Report on horse surra - Volume II, Part II
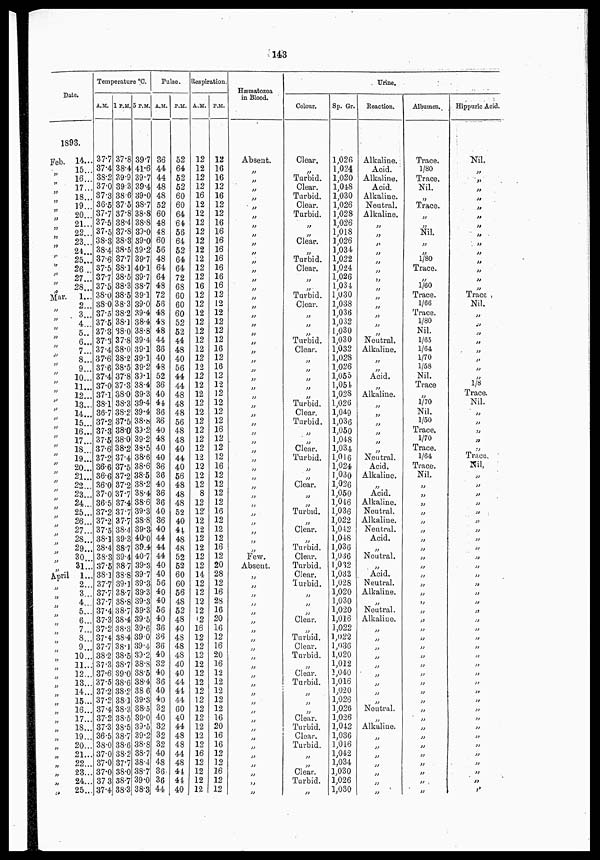
143
Date.
1893.
Feb.
„
„
„
„
„
„
„
„
„
„
„
„
„
„
Mar.
„
„
„
„
„
„
„
„
„
„
„
„
„
„
„
„
„
„
„
„
„
„
„
„
„
„
„
„
„
„
April
„
„
„
„
„
„
„
„
„
„
„
„
„
„
„
„
„
„
„
„
„
„
„
„
14...
15...
16...
17...
18...
19...
20...
21...
22...
23...
24...
25...
26..
27...
28...
1...
2...
3...
4...
5..
6...
7...
8...
9...
10...
11...
12...
13...
14...
15...
16...
17...
18...
19...
20...
21...
22...
23...
24..
25...
26...
27...
28...
29...
30...
31...
1...
2...
3...
4...
5...
6...
7...
8...
9...
10...
11...
12...
13...
14...
15...
16...
17...
18...
19...
20...
21...
22...
23...
24...
25...
Temperature °C.
A.M.
37.7
37.4
38.2
37.0
37.3
36.5
37.7
37.5
37.5
38.3
38.4
37.6
37.5
37.7
37.5
38.0
38.0
37.5
37.5
37.3
37.3
37.4
37.6
37.6
37.4
37.0
37.1
38.1
36.7
37.2
37.3
37.5
37.6
37.2
36.6
36.6
36.0
37.0
36.5
37.2
37.2
37.5
38.1
38.4
38.3
37.5
38.1
37.7
37.7
37.7
37.4
37.3
37.2
37.4
37.7
38.2
37.3
37.6
37.5
37.2
37.2
37.4
37.2
37.3
36.5
38.0
37.0
37.0
37.0
37.3
37.4
1 P.M.
37.8
38.4
39.9
39.3
38.6
37.5
37.8
38.4
37.8
38.3
38.5
37.7
38.1
38.5
38.3
38.5
38.3
38.2
38.1
38.0
37.8
38.0
38.2
38.5
37.8
37.3
38.0
38.3
38.2
37.5
38.0
38.0
38.2
37.4
37.5
37.2
37.2
37.7
37.4
37.7
37.7
38.4
39.3
38.7
39.4
38.7
38.8
39.1
38.7
38.8
38.7
38.4
38.3
38.4
38.1
38.5
38.7
39.0
38.6
38.2
38.1
38.3
38.5
38.5
38.7
38.6
38.2
37.7
38.0
38.7
38.3
5 P.M.
39.7
41.6
39.7
39.4
39.0
38.7
38.8
38.8
39.0
39.0
39.2
39.7
40.1
39.7
38.7
39.1
39.0
39.4
38.4
38.8
39.4
39.1
39.1
39.2
39.1
38.4
39.3
39.4
39.4
38.8
39.2
39.2
38.5
38.6
38.6
38.5
38.2
38.4
38.6
39.3
38.8
39.3
40.0
39.4
40.7
39.3
39.7
39.3
39.3
39.3
39.3
39.5
39.6
39.0
39.4
39.2
38.8
38.5
38.4
38.6
39.3
38.5
39.0
39.5
39.2
38.8
38.7
38.4
38.7
39.0
38.3
Pulse.
A.M.
36
44
44
48
48
52
60
48
48
60
56
48
64
64
48
72
56
48
48
48
44
36
40
48
52
36
40
44
36
36
40
48
40
40
36
36
40
36
36
40
36
40
44
44
44
40
40
56
40
40
56
40
36
36
36
40
32
40
36
40
40
32
40
32
32
32
40
48
36
36
44
P.M.
52
64
52
52
60
60
64
64
56
64
52
64
64
72
68
60
60
60
52
52
44
48
40
56
44
44
48
48
48
56
48
48
40
44
40
56
48
48
48
52
40
44
48
48
52
52
60
60
56
48
52
48
40
48
48
48
40
40
44
44
44
60
40
44
48
48
44
48
44
44
40
Respiration.
A.M.
12
12
12
12
16
12
12
12
12
12
12
12
12
12
16
12
12
12
12
12
12
12
12
12
12
12
12
12
12
12
12
12
12
12
12
12
12
8
12
12
12
12
12
12
12
12
14
12
12
12
12
12
16
12
12
12
12
12
12
12
12
12
12
12
12
12
16
12
12
12
12
P.M.
12
16
16
12
16
12
12
16
16
16
16
16
16
16
16
12
12
12
12
12
12
16
12
16
12
12
12
12
12
12
16
12
12
12
16
12
12
12
12
16
12
12
12
16
12
20
28
12
16
28
16
20
16
12
16
20
16
12
12
12
12
12
16
20
16
16
12
12
16
12
12
Hæmatozoa
in Blood.
Absent.
„
„
„
„
„
„
„
„
„
„
„
„
„
„
„
„
„
„
„
„
„
„
„
„
„
„
„
„
„
„
„
„
„
„
„
„
„
„
„
„
„
„
„
Few.
Absent.
„
„
„
„
„
„
„
„
„
„
„
„
„
„
„
„
„
„
„
„
„
„
„
„
„
Urine.
Colour.
Clear.
„
Turbid.
Clear.
Turbid.
Clear.
Turbid.
„
„
Clear.
„
Turbid.
Clear.
„
„
Turbid.
Clear.
„
„
„
Turbid.
Clear.
„
„
„
„
„
Turbid.
Clear.
Turbid.
„
„
Clear.
Turbid.
„
„
Clear.
„
„
Turbid.
„
Clear.
„
Turbid.
Clear.
Turbid.
Clear.
Turbid.
„
„
„
Clear.
„
Turbid.
Clear.
Turbid.
„
Clear.
Turbid.
„
„
„
Clear.
Turbid.
Clear.
Turbid.
„
„
Clear.
Turbid.
„
Sp. Gr.
1,026
1,024
1,020
1,048
1,030
1,026
1,028
1,026
1,018
1,026
1,034
1,022
1,024
1,026
1,034
1,030
1,038
1,036
1,032
1,030
1,030
1,032
1,028
1,026
1,055
1,054
1,028
1,026
1,049
1,036
1,050
1,048
1,034
1,016
1,024
1,030
1,026
1,050
1,046
1,036
1,022
1,042
1,048
1,036
1,036
1,032
1,033
1,028
1,020
1,030
1,020
1,016
1,022
1,022
1,036
1,020
1,012
1,040
1,016
1,020
1,026
1,026
1,026
1,042
1,036
1,016
1,042
1,034
1,030
1,026
1,030
Reaction.
Alkaline.
Acid.
Alkaline.
Acid.
Alkaline.
Neutral.
Alkaline.
„
„
„
„
„
„
„
„
„
„
„
„
„
Neutral.
Alkaline.
„
„
Acid.
„
Alkaline.
„
„
„
„
„
„
Neutral.
Acid.
Alkaline.
„
Acid.
Alkaline.
Neutral.
Alkaline.
Neutral.
Acid.
„
Neutral.
„
Acid.
Neutral.
Alkaline.
„
Neutral.
Alkaline.
„
„
„
„
„
„
„
„
„
Neutral.
„
Alkaline.
„
„
„
„
„
„
„
Albumen.
Trace.
1/80
Trace.
Nil.
„
Trace.
„
„
Nil.
„
„
1/80
Trace.
„
1/60
Trace.
1/66
Trace.
1/80
Nil.
1/65
1/64
1/70
1/58
Nil.
Trace
„
1/70
Nil.
1/50
Trace.
1/70
Trace.
1/64
Trace.
Nil.
„
„
„
„
„
„
„
„
„
„
„
„
„
„
„
„
„
„
„
„
„
„
„
„
„
„
„
„
„
„
„
„
„
„
„
Hippuric Acid.
Nil.
„
„
„
„
„
„
„
„
„
„
„
„
„
„
Trace ,
Nil.
„
„
„
„
„
„
„
„
1/8
Trace.
Nil.
„
„
„
„
„
Trace.
Nil,
„
„
„
„
„
„
„
„
„
„
„
„
„
„
„
„
„
„
„
„
„
„
„
„
„
„
„
„
„
„
„
„
„
„
„
„